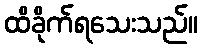
ထိခိုက်ရသေးသည်။